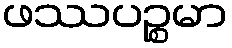
ဖဿပဉ္စမာ